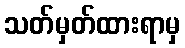
သတ်မှတ်ထားရာမှ